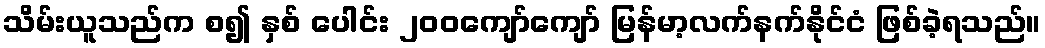
သိမ်းယူသည်က စ၍ နှစ် ပေါင်း ၂၀၀ကျော်ကျော် မြန်မာ့လက်နက်နိုင်ငံ ဖြစ်ခဲ့ရသည်။